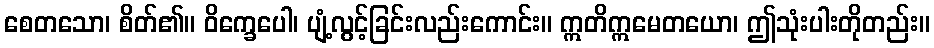
စေတသော၊ စိတ်၏။ ဝိက္ခေပေါ၊ ပျံ့လွင့်ခြင်းလည်းကောင်း။ ဣတိဣမေတယော၊ ဤသုံးပါးတိုတည်း။